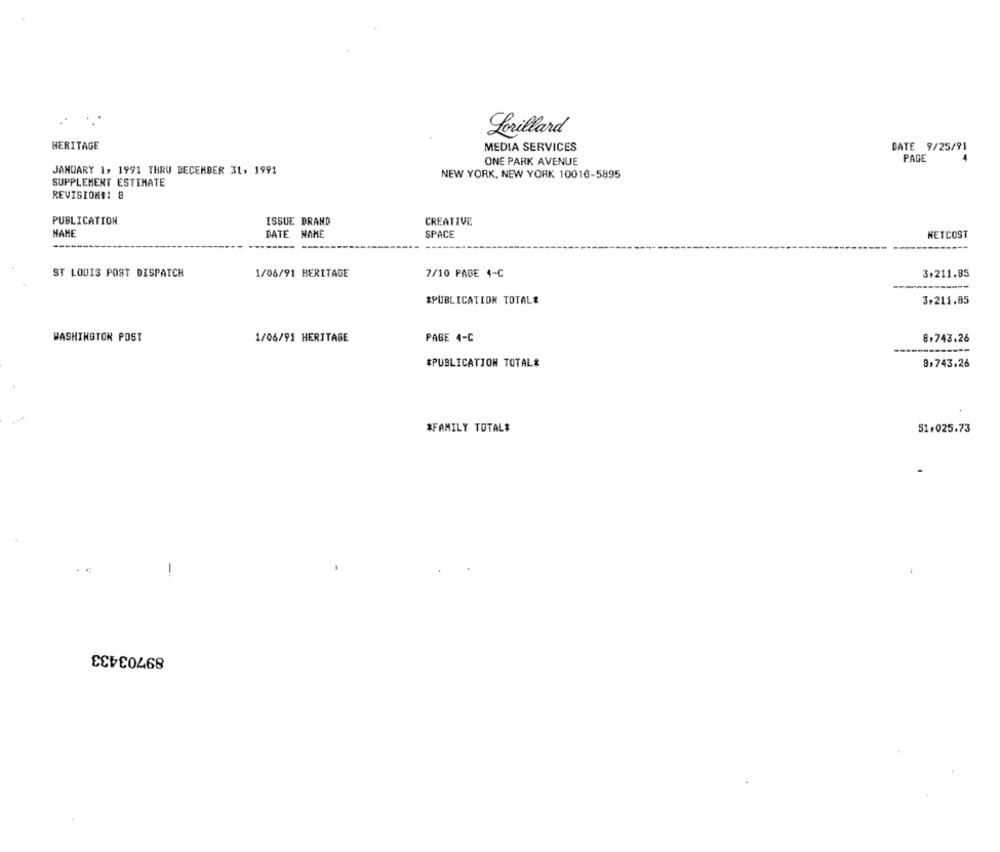
Lorillard
HERITAGE
MEDIA SERVICES
DATE 9/25/91
ONE PARK AVENUE
PAGE
JANUARY 1, 1991 THRU DECEMBER 31, 1991
NEW YORK, NEW YORK 10016-5895
SUPPLEMENT ESTIMATE
REVISION#: 8
PUBLICATION
ISSUE BRAND
CREATIVE
NAME
DATE NAME
SPACE
NETCOST
ST LOUIS POST DISPATCH
1/06/91 HERITAGE
7/10 PAGE 4-C
3.211.85
SPUBLICATION TOTALE
3,211.85
WASHINGTON POST
1/06/91 HERITAGE
PAGE 4-C
8.743.26
-----
*PUBLICATION TOTAL#
8,743.26
$FAMILY TOTAL#
51,025.73
-.
89703433